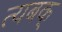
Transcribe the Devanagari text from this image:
त्यबक्